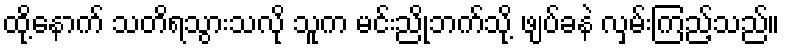
ထို့နောက် သတိရသွားသလို သူက မင်းညိုဘက်သို့ ဖျပ်ခနဲ လှမ်းကြည့်သည်။